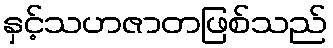
နှင့်သဟဇာတဖြစ်သည်